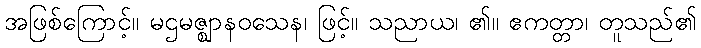
အဖြစ်ကြောင့်။ မဌမဇ္ဈာနဝသေန၊ ဖြင့်။ သညာယ၊ ၏။ ဧကတ္တာ၊ တူသည်၏